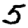
Digit: 5